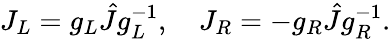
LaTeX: J_{L}=g_{L}\hat{J}g_{L}^{-1},\quad J_{R}=-g_{R}\hat{J}g_{R}^{-1}.